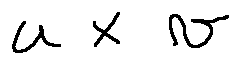
u \times v